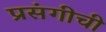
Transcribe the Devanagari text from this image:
प्रसंगीची